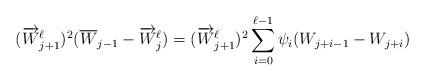
LaTeX: \begin{align*}(\overrightarrow{W}_{j+1}^\ell)^2 (\overline{W}_{j-1} - \overrightarrow{W}^\ell_j) = (\overrightarrow{W}_{j+1}^\ell)^2 \sum_{i=0}^{\ell-1} \psi_i (W_{j+i-1} - W_{j+i}) \end{align*}